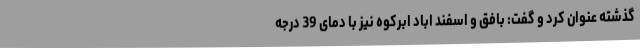
گذشته عنوان کرد و گفت: بافق و اسفند اباد ابرکوه نیز با دمای 39 درجه